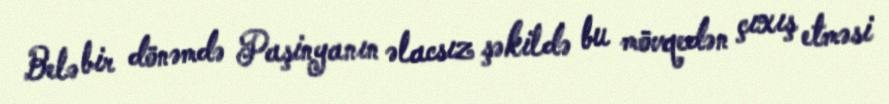
Belə bir dönəmdə Paşinyanın əlacsız şəkildə bu mövqedən çıxış etməsi